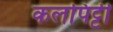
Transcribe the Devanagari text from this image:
कलपिट्टी